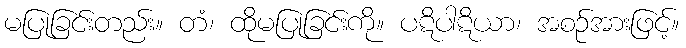
မပြုခြင်းတည်း။ တံ၊ ထိုမပြုခြင်းကို။ ပဋိပါဋိယာ၊ အစဉ်အားဖြင့်။